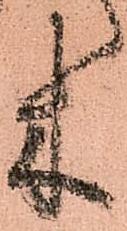
木